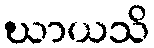
ဃာယသိ